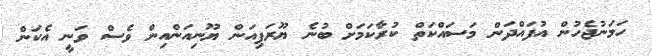
ހަމަނުޖެހުން އުފައްދަަން މަސައްކަތް ކުރާކަމަށް ބުނެ ޔޫރަޕިއަން ޔޫނިއަންއިން ވެސް ވަނީ އެކަން